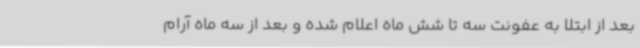
بعد از ابتلا به عفونت سه تا شش ماه اعلام شده و بعد از سه ماه آرام